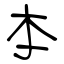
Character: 本